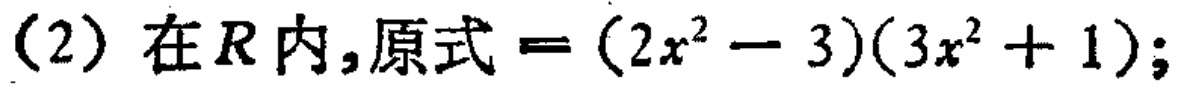
(2) 在\(R\)内，原式\(=(2x^{2}-3)(3x^{2}+1)\);